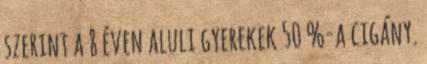
szerint a 8 éven aluli gyerekek 50 %-a cigány.